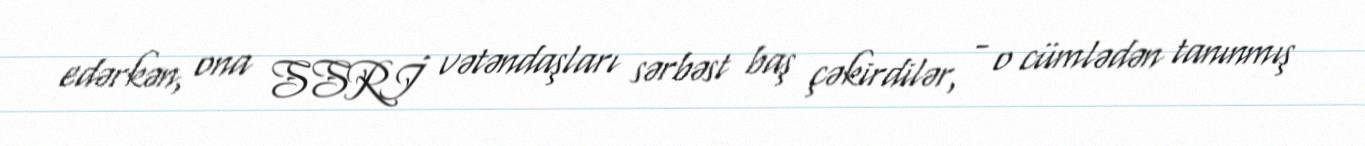
edərkən, ona SSRİ vətəndaşları sərbəst baş çəkirdilər, - o cümlədən tanınmış